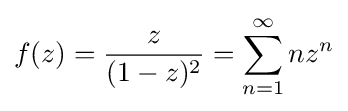
f(z)={\frac {z}{(1-z)^{2}}}=\sum _{n=1}^{\infty }nz^{n}